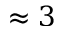
\approx 3